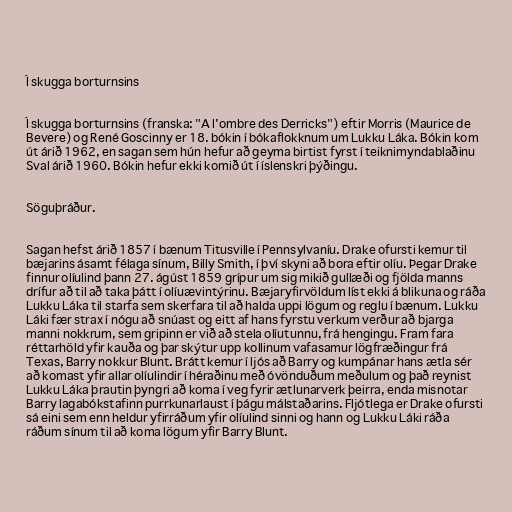
Í skugga borturnsins

Í skugga borturnsins (franska: "A l'ombre des Derricks") eftir Morris (Maurice de
Bevere) og René Goscinny er 18. bókin í bókaflokknum um Lukku Láka. Bókin kom
út árið 1962, en sagan sem hún hefur að geyma birtist fyrst í teiknimyndablaðinu
Sval árið 1960. Bókin hefur ekki komið út í íslenskri þýðingu.

Söguþráður.

Sagan hefst árið 1857 í bænum Titusville í Pennsylvaníu. Drake ofursti kemur til
bæjarins ásamt félaga sínum, Billy Smith, í því skyni að bora eftir olíu. Þegar Drake
finnur olíulind þann 27. ágúst 1859 grípur um sig mikið gullæði og fjölda manns
drífur að til að taka þátt í olíuævintýrinu. Bæjaryfirvöldum líst ekki á blikuna og ráða
Lukku Láka til starfa sem skerfara til að halda uppi lögum og reglu í bænum. Lukku
Láki fær strax í nógu að snúast og eitt af hans fyrstu verkum verður að bjarga
manni nokkrum, sem gripinn er við að stela olíutunnu, frá hengingu. Fram fara
réttarhöld yfir kauða og þar skýtur upp kollinum vafasamur lögfræðingur frá
Texas, Barry nokkur Blunt. Brátt kemur í ljós að Barry og kumpánar hans ætla sér
að komast yfir allar olíulindir í héraðinu með óvönduðum meðulum og það reynist
Lukku Láka þrautin þyngri að koma í veg fyrir ætlunarverk þeirra, enda misnotar
Barry lagabókstafinn purrkunarlaust í þágu málstaðarins. Fljótlega er Drake ofursti
sá eini sem enn heldur yfirráðum yfir olíulind sinni og hann og Lukku Láki ráða
ráðum sínum til að koma lögum yfir Barry Blunt.